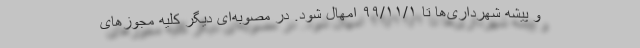
و پیشه شهرداری‌ها تا ۹۹/۱۱/۱ امهال شود. در مصوبه‌ای دیگر کلیه مجوزهای